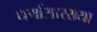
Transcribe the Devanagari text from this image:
धर्मासारख्या